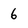
Character: 6